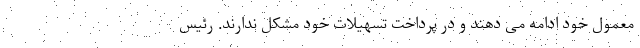
معمول خود ادامه می دهند و در پرداخت تسهیلات خود مشکل ندارند. رئیس